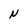
Character: N